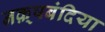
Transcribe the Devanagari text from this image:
नक़्षबंदिया